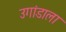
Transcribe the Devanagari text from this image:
उगांडाला